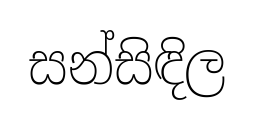
සන්සිඳිල